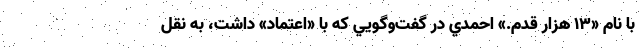
با نام «13 هزار قدم.» احمدي در گفت‌وگويي كه با «اعتماد» داشت، به نقل